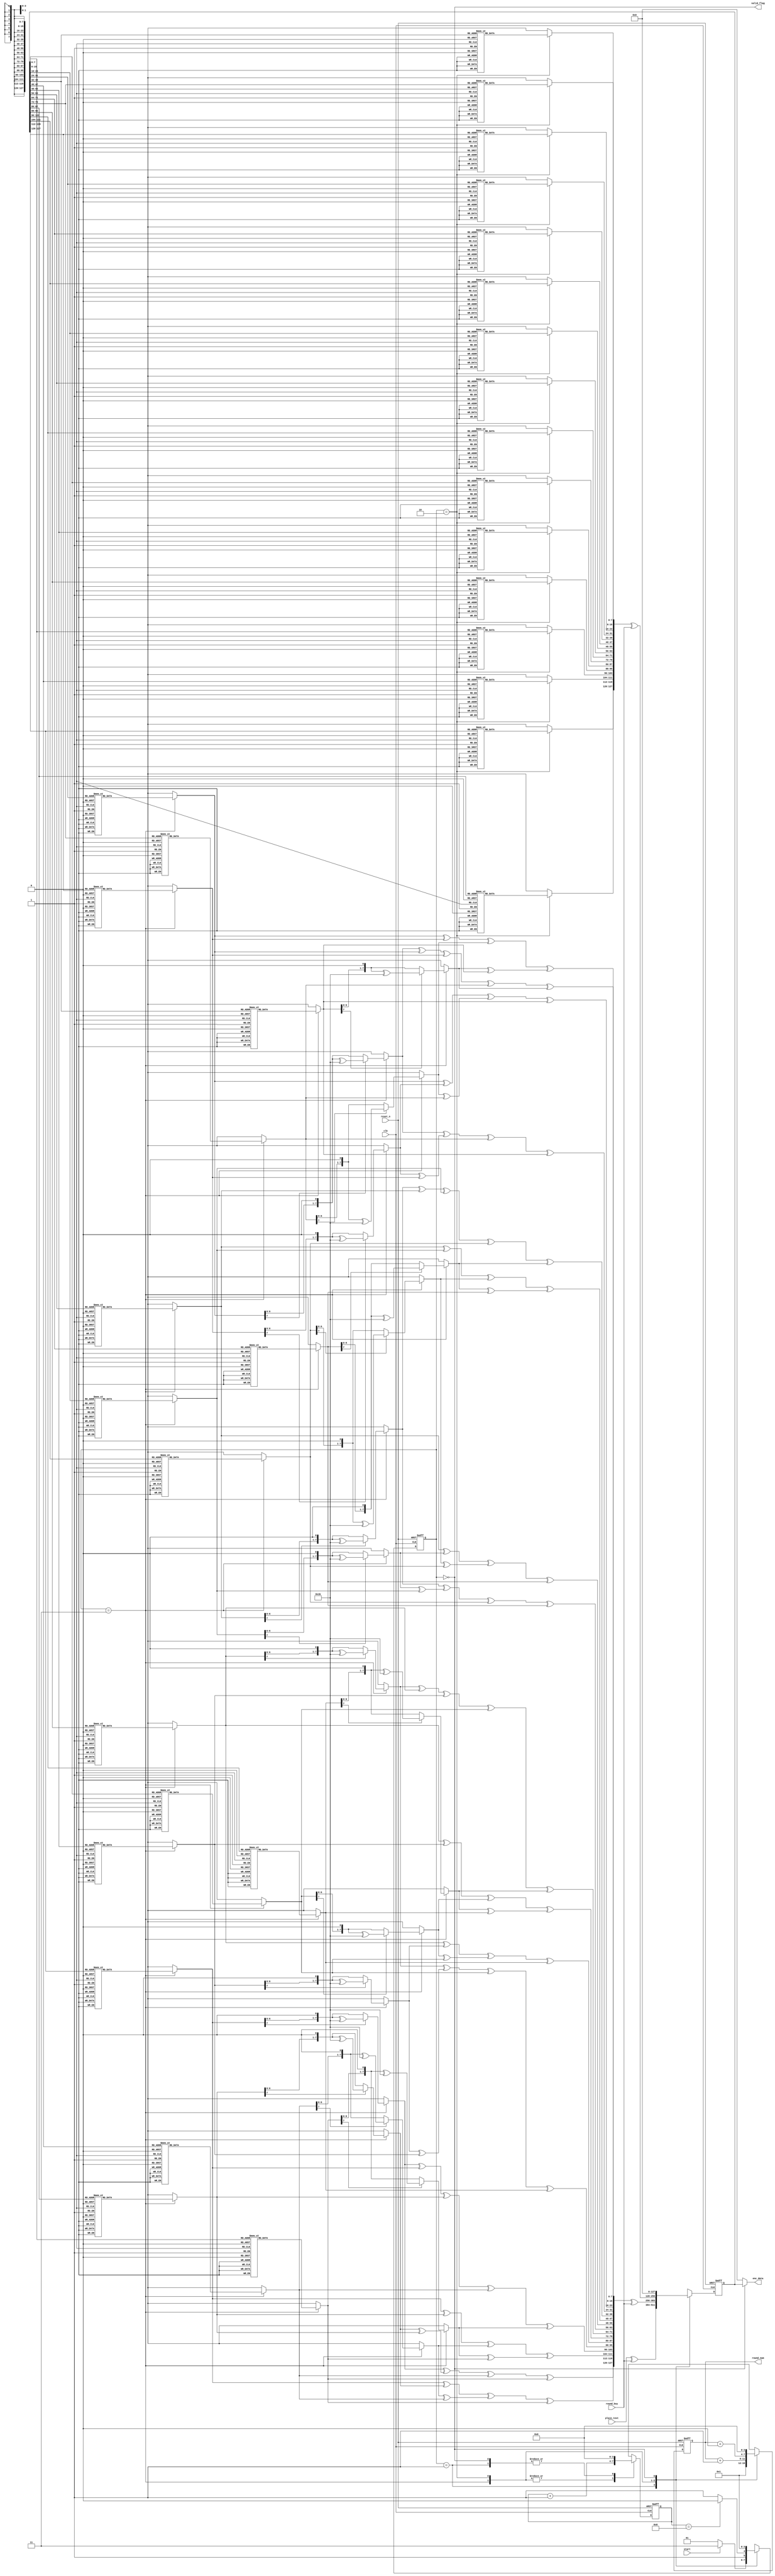
//  INFO.: Undergraduate ECE student, Alexandria university, Egypt.
//  AUTHOR'S EMAIL: majiidd17@icloud.com
//  TYPE: module.
//  KEYWORDS: AES Rounds, FSM, Sbox, Mix coloumns, Shift rows.
//  PURPOSE: An RTL modelling for the AES FSM, with its building blocks.

module Rounds (
    input  wire         reset_n,
    input  wire         clk,
    input  wire         start,
    input  wire [0:127] plain_text,
    input  wire [0:127] round_key,

    output reg  [0:127] enc_data,
    output reg  [3:0]   round_num,
    output reg          valid_flag
);

//-----------------Control Signals-----------------\\\\
reg [1:0]   state;
reg [3:0]   count;
reg [0:7]   sbox [0:255];
reg [0:127] data_tobox;
reg [0:127] data_sub;
reg [0:127] data_shifted;
reg [0:127] data_mixed;

//-----------------State encoding-----------------\\\\
localparam INITIALLY = 2'b01,
           ROUNDS    = 2'b11,
           FINAL     = 2'b10,
           VALID     = 2'b00;

//-----------------AES FSM Transitions-----------------\\\\
always @(posedge clk, negedge reset_n) 
begin
    if (!reset_n) 
    begin
        state            <= INITIALLY;
    end
    else 
    begin
        case (state)

            INITIALLY:
            begin
                if (start) 
                begin
                    state        <= ROUNDS;
                end
                else
                begin
                    state        <= INITIALLY;
                end
            end

            ROUNDS:
            begin
                if (count == 4'd8)
                begin
                    state        <= FINAL;
                end
                else 
                begin
                    state        <= ROUNDS;
                end
            end

            FINAL:
            begin
                state            <= VALID;
            end

            VALID:
            begin
                state            <= INITIALLY;
            end

            default: state       <= INITIALLY;
        endcase
    end
end

//-----------------AES FSM States logic-----------------\\\\
always @(posedge clk, negedge reset_n)
begin
    if (!reset_n) begin
        data_tobox    = 128'd0;
//        data_sub      = 128'd0;
//        data_shifted  = 128'd0;
//        data_mixed    = 128'd0;
        count         = 4'd0;
        round_num     = 4'd0;
    end
    else
    begin
        case(state)
            INITIALLY:
            begin
                data_tobox   = add_rnd_key(plain_text,round_key);
                count        = 4'd0;
                round_num    = 4'd0;
//                data_sub     = 128'd0;
//                data_shifted = 128'd0;
//                data_mixed   = 128'd0;
                round_num    = round_num + 4'd1;
            end

            ROUNDS:
            begin
                count        = count + 4'd1;
                data_sub     = data_sbox(data_tobox);
                data_shifted = shift_rows(data_sub);
                data_mixed   = mixed_cols(data_shifted);
                data_tobox   = add_rnd_key(data_mixed,round_key);
                round_num    = round_num + 4'd1;
            end

            FINAL:
            begin
                count        = count + 4'd1;
                data_sub     = data_sbox(data_tobox);
                data_shifted = shift_rows(data_sub);
                data_mixed   = data_shifted; 
                data_tobox   = add_rnd_key(data_mixed,round_key);
                round_num    = round_num + 4'd0;
            end

            VALID:
            begin
                data_tobox    = 128'd0;
                data_sub      = 128'd0;
                data_shifted  = 128'd0;
                data_mixed    = 128'd0;
                count         = 4'd0;
                round_num     = 4'd0;
            end

            default:
                begin
                    data_tobox    = 128'd0;
                    data_sub      = 128'd0;
                    data_shifted  = 128'd0;
                    data_mixed    = 128'd0;
                    count         = 4'd0;
                    round_num     = 4'd0;
                end
        endcase
    end
end

//-----------------Output logic-----------------\\\\
always @(*) 
begin
    valid_flag = (state == VALID);
    enc_data   = (valid_flag)? data_tobox : 128'b0;
end


////////////////////////////////////\\\\\\\\\\\\\\\\\\\\\\\\\\\\\\\\\\\\\\\\\\\\\\\\\\\\\\\\\\\\\\\\\\\\\\\\\\
//--------------------------------------------------------------------\\\\
//////////////-----------------Functions-----------------\\\\\\\\\\\\\\\\\\\\\\\\\\\\\\
//--------------------------------------------------------------------\\\\
////////////////////////////////////\\\\\\\\\\\\\\\\\\\\\\\\\\\\\\\\\\\\\\\\\\\\\\\\\\\\\\\\\\\\\\\\\\\\\\\\\\


//------------>>> Shift rows function.
function  [0:127]  shift_rows;
    input [0:127] data_sub;
    begin
        // //-----------------Original-----------------\\\\
        // first_row  = {data_sbox[0:7],data_sbox[32:39],data_sbox[64:71],data_sbox[96:103]};
        // second_row = {data_sbox[8:15],data_sbox[40:47],data_sbox[72:79],data_sbox[104:111]};
        // third_row  = {data_sbox[16:23],data_sbox[48:55],data_sbox[80:87],data_sbox[112:119]};
        // fourth_row = {data_sbox[24:31],data_sbox[56:63],data_sbox[88:95],data_sbox[120:127]};
        shift_rows = {
        data_sub[0:7],    data_sub[40:47],   data_sub[80:87],   data_sub[120:127], 
        data_sub[32:39],  data_sub[72:79],   data_sub[112:119], data_sub[24:31],
        data_sub[64:71],  data_sub[104:111], data_sub[16:23],   data_sub[56:63],
        data_sub[96:103], data_sub[8:15],    data_sub[48:55],   data_sub[88:95]
    };
    end
endfunction

//------------>>> Mix coloumns function.
function  [0:7] mulByTwo;
    input [0:7] arg;
    begin
        if(arg[0]) mulByTwo = ((arg << 1) ^ 8'h1b);
        else mulByTwo = arg << 1;
    end
endfunction

function  [0:7] mulByThree;
    input [0:7] arg;
    begin
        mulByThree = mulByTwo(arg) ^ arg;
    end
endfunction

function  [0:127] mixed_cols;
    input [0:127] data_shifted;
    begin
//-----------------First coloumn-----------------\\\\
    mixed_cols[0:7]     = (mulByTwo(data_shifted[0:7]) ^ mulByThree(data_shifted[8:15]) ^ data_shifted[16:23] ^ data_shifted[24:31]);  // s(0,0)
    mixed_cols[8:15]    = (data_shifted[0:7] ^ mulByTwo(data_shifted[8:15]) ^ mulByThree(data_shifted[16:23]) ^ data_shifted[24:31]);  // s(1,0) 
    mixed_cols[16:23]   = (data_shifted[0:7] ^ data_shifted[8:15] ^ mulByTwo(data_shifted[16:23]) ^ mulByThree(data_shifted[24:31]));  // s(2,0)
    mixed_cols[24:31]   = (mulByThree(data_shifted[0:7]) ^ data_shifted[8:15] ^ data_shifted[16:23] ^ mulByTwo(data_shifted[24:31]));  // s(3,0)
    
//-----------------Second coloumn-----------------\\\\
    mixed_cols[32:39]   = (mulByTwo(data_shifted[32:39]) ^ mulByThree(data_shifted[40:47]) ^ data_shifted[48:55] ^ data_shifted[56:63]);
    mixed_cols[40:47]   = (data_shifted[32:39] ^ mulByTwo(data_shifted[40:47]) ^ mulByThree(data_shifted[48:55]) ^ data_shifted[56:63]);
    mixed_cols[48:55]   = (data_shifted[32:39] ^ data_shifted[40:47] ^ mulByTwo(data_shifted[48:55]) ^ mulByThree(data_shifted[56:63]));
    mixed_cols[56:63]   = (mulByThree(data_shifted[32:39]) ^ data_shifted[40:47] ^ data_shifted[48:55] ^ mulByTwo(data_shifted[56:63]));

//-----------------Third coloumn-----------------\\\\
    mixed_cols[64:71]   = (mulByTwo(data_shifted[64:71]) ^ mulByThree(data_shifted[72:79]) ^ data_shifted[80:87] ^ data_shifted[88:95]);
    mixed_cols[72:79]   = (data_shifted[64:71] ^ mulByTwo(data_shifted[72:79]) ^ mulByThree(data_shifted[80:87]) ^ data_shifted[88:95]);
    mixed_cols[80:87]   = (data_shifted[64:71] ^ data_shifted[72:79] ^ mulByTwo(data_shifted[80:87]) ^ mulByThree(data_shifted[88:95]));
    mixed_cols[88:95]   = (mulByThree(data_shifted[64:71]) ^ data_shifted[72:79] ^ data_shifted[80:87] ^ mulByTwo(data_shifted[88:95]));

//-----------------Fourth coloumn-----------------\\\\
    mixed_cols[96:103]  = (mulByTwo(data_shifted[96:103]) ^ mulByThree(data_shifted[104:111]) ^ data_shifted[112:119] ^ data_shifted[120:127]);
    mixed_cols[104:111] = (data_shifted[96:103] ^ mulByTwo(data_shifted[104:111]) ^ mulByThree(data_shifted[112:119]) ^ data_shifted[120:127]);
    mixed_cols[112:119] = (data_shifted[96:103] ^ data_shifted[104:111] ^ mulByTwo(data_shifted[112:119]) ^ mulByThree(data_shifted[120:127]));
    mixed_cols[120:127] = (mulByThree(data_shifted[96:103]) ^ data_shifted[104:111] ^ data_shifted[112:119] ^ mulByTwo(data_shifted[120:127]));
    end
endfunction

//------------>>> Add Round Key function.
function  [0:127] add_rnd_key;
    input [0:127] arg1;
    input [0:127] arg2;
    begin
    add_rnd_key = arg1 ^ arg2;
    end
endfunction

//------------>>> Sbox Sub bytes function.
function  [0:127] data_sbox;
    input [0:127] data_tobox;
    begin
	    sbox[8'h00] = 8'h63;
        sbox[8'h01] = 8'h7c;
        sbox[8'h02] = 8'h77;
        sbox[8'h03] = 8'h7b;
        sbox[8'h04] = 8'hf2;
        sbox[8'h05] = 8'h6b;
        sbox[8'h06] = 8'h6f;
        sbox[8'h07] = 8'hc5;
        sbox[8'h08] = 8'h30;
        sbox[8'h09] = 8'h01;
        sbox[8'h0a] = 8'h67;
        sbox[8'h0b] = 8'h2b;
        sbox[8'h0c] = 8'hfe;
        sbox[8'h0d] = 8'hd7;
        sbox[8'h0e] = 8'hab;
        sbox[8'h0f] = 8'h76;
        sbox[8'h10] = 8'hca;
        sbox[8'h11] = 8'h82;
        sbox[8'h12] = 8'hc9;
        sbox[8'h13] = 8'h7d;
        sbox[8'h14] = 8'hfa;
        sbox[8'h15] = 8'h59;
        sbox[8'h16] = 8'h47;
        sbox[8'h17] = 8'hf0;
        sbox[8'h18] = 8'had;
        sbox[8'h19] = 8'hd4;
        sbox[8'h1a] = 8'ha2;
        sbox[8'h1b] = 8'haf;
        sbox[8'h1c] = 8'h9c;
        sbox[8'h1d] = 8'ha4;
        sbox[8'h1e] = 8'h72;
        sbox[8'h1f] = 8'hc0;
        sbox[8'h20] = 8'hb7;
        sbox[8'h21] = 8'hfd;
        sbox[8'h22] = 8'h93;
        sbox[8'h23] = 8'h26;
        sbox[8'h24] = 8'h36;
        sbox[8'h25] = 8'h3f;
        sbox[8'h26] = 8'hf7;
        sbox[8'h27] = 8'hcc;
        sbox[8'h28] = 8'h34;
        sbox[8'h29] = 8'ha5;
        sbox[8'h2a] = 8'he5;
        sbox[8'h2b] = 8'hf1;
        sbox[8'h2c] = 8'h71;
        sbox[8'h2d] = 8'hd8;
        sbox[8'h2e] = 8'h31;
        sbox[8'h2f] = 8'h15;
        sbox[8'h30] = 8'h04;
        sbox[8'h31] = 8'hc7;
        sbox[8'h32] = 8'h23;
        sbox[8'h33] = 8'hc3;
        sbox[8'h34] = 8'h18;
        sbox[8'h35] = 8'h96;
        sbox[8'h36] = 8'h05;
        sbox[8'h37] = 8'h9a;
        sbox[8'h38] = 8'h07;
        sbox[8'h39] = 8'h12;
        sbox[8'h3a] = 8'h80;
        sbox[8'h3b] = 8'he2;
        sbox[8'h3c] = 8'heb;
        sbox[8'h3d] = 8'h27;
        sbox[8'h3e] = 8'hb2;
        sbox[8'h3f] = 8'h75;
        sbox[8'h40] = 8'h09;
        sbox[8'h41] = 8'h83;
        sbox[8'h42] = 8'h2c;
        sbox[8'h43] = 8'h1a;
        sbox[8'h44] = 8'h1b;
        sbox[8'h45] = 8'h6e;
        sbox[8'h46] = 8'h5a;
        sbox[8'h47] = 8'ha0;
        sbox[8'h48] = 8'h52;
        sbox[8'h49] = 8'h3b;
        sbox[8'h4a] = 8'hd6;
        sbox[8'h4b] = 8'hb3;
        sbox[8'h4c] = 8'h29;
        sbox[8'h4d] = 8'he3;
        sbox[8'h4e] = 8'h2f;
        sbox[8'h4f] = 8'h84;
        sbox[8'h50] = 8'h53;
        sbox[8'h51] = 8'hd1;
        sbox[8'h52] = 8'h00;
        sbox[8'h53] = 8'hed;
        sbox[8'h54] = 8'h20;
        sbox[8'h55] = 8'hfc;
        sbox[8'h56] = 8'hb1;
        sbox[8'h57] = 8'h5b;
        sbox[8'h58] = 8'h6a;
        sbox[8'h59] = 8'hcb;
        sbox[8'h5a] = 8'hbe;
        sbox[8'h5b] = 8'h39;
        sbox[8'h5c] = 8'h4a;
        sbox[8'h5d] = 8'h4c;
        sbox[8'h5e] = 8'h58;
        sbox[8'h5f] = 8'hcf;
        sbox[8'h60] = 8'hd0;
        sbox[8'h61] = 8'hef;
        sbox[8'h62] = 8'haa;
        sbox[8'h63] = 8'hfb;
        sbox[8'h64] = 8'h43;
        sbox[8'h65] = 8'h4d;
        sbox[8'h66] = 8'h33;
        sbox[8'h67] = 8'h85;
        sbox[8'h68] = 8'h45;
        sbox[8'h69] = 8'hf9;
        sbox[8'h6a] = 8'h02;
        sbox[8'h6b] = 8'h7f;
        sbox[8'h6c] = 8'h50;
        sbox[8'h6d] = 8'h3c;
        sbox[8'h6e] = 8'h9f;
        sbox[8'h6f] = 8'ha8;
        sbox[8'h70] = 8'h51;
        sbox[8'h71] = 8'ha3;
        sbox[8'h72] = 8'h40;
        sbox[8'h73] = 8'h8f;
        sbox[8'h74] = 8'h92;
        sbox[8'h75] = 8'h9d;
        sbox[8'h76] = 8'h38;
        sbox[8'h77] = 8'hf5;
        sbox[8'h78] = 8'hbc;
        sbox[8'h79] = 8'hb6;
        sbox[8'h7a] = 8'hda;
        sbox[8'h7b] = 8'h21;
        sbox[8'h7c] = 8'h10;
        sbox[8'h7d] = 8'hff;
        sbox[8'h7e] = 8'hf3;
        sbox[8'h7f] = 8'hd2;
        sbox[8'h80] = 8'hcd;
        sbox[8'h81] = 8'h0c;
        sbox[8'h82] = 8'h13;
        sbox[8'h83] = 8'hec;
        sbox[8'h84] = 8'h5f;
        sbox[8'h85] = 8'h97;
        sbox[8'h86] = 8'h44;
        sbox[8'h87] = 8'h17;
        sbox[8'h88] = 8'hc4;
        sbox[8'h89] = 8'ha7;
        sbox[8'h8a] = 8'h7e;
        sbox[8'h8b] = 8'h3d;
        sbox[8'h8c] = 8'h64;
        sbox[8'h8d] = 8'h5d;
        sbox[8'h8e] = 8'h19;
        sbox[8'h8f] = 8'h73;
        sbox[8'h90] = 8'h60;
        sbox[8'h91] = 8'h81;
        sbox[8'h92] = 8'h4f;
        sbox[8'h93] = 8'hdc;
        sbox[8'h94] = 8'h22;
        sbox[8'h95] = 8'h2a;
        sbox[8'h96] = 8'h90;
        sbox[8'h97] = 8'h88;
        sbox[8'h98] = 8'h46;
        sbox[8'h99] = 8'hee;
        sbox[8'h9a] = 8'hb8;
        sbox[8'h9b] = 8'h14;
        sbox[8'h9c] = 8'hde;
        sbox[8'h9d] = 8'h5e;
        sbox[8'h9e] = 8'h0b;
        sbox[8'h9f] = 8'hdb;
        sbox[8'ha0] = 8'he0;
        sbox[8'ha1] = 8'h32;
        sbox[8'ha2] = 8'h3a;
        sbox[8'ha3] = 8'h0a;
        sbox[8'ha4] = 8'h49;
        sbox[8'ha5] = 8'h06;
        sbox[8'ha6] = 8'h24;
        sbox[8'ha7] = 8'h5c;
        sbox[8'ha8] = 8'hc2;
        sbox[8'ha9] = 8'hd3;
        sbox[8'haa] = 8'hac;
        sbox[8'hab] = 8'h62;
        sbox[8'hac] = 8'h91;
        sbox[8'had] = 8'h95;
        sbox[8'hae] = 8'he4;
        sbox[8'haf] = 8'h79;
        sbox[8'hb0] = 8'he7;
        sbox[8'hb1] = 8'hc8;
        sbox[8'hb2] = 8'h37;
        sbox[8'hb3] = 8'h6d;
        sbox[8'hb4] = 8'h8d;
        sbox[8'hb5] = 8'hd5;
        sbox[8'hb6] = 8'h4e;
        sbox[8'hb7] = 8'ha9;
        sbox[8'hb8] = 8'h6c;
        sbox[8'hb9] = 8'h56;
        sbox[8'hba] = 8'hf4;
        sbox[8'hbb] = 8'hea;
        sbox[8'hbc] = 8'h65;
        sbox[8'hbd] = 8'h7a;
        sbox[8'hbe] = 8'hae;
        sbox[8'hbf] = 8'h08;
        sbox[8'hc0] = 8'hba;
        sbox[8'hc1] = 8'h78;
        sbox[8'hc2] = 8'h25;
        sbox[8'hc3] = 8'h2e;
        sbox[8'hc4] = 8'h1c;
        sbox[8'hc5] = 8'ha6;
        sbox[8'hc6] = 8'hb4;
        sbox[8'hc7] = 8'hc6;
        sbox[8'hc8] = 8'he8;
        sbox[8'hc9] = 8'hdd;
        sbox[8'hca] = 8'h74;
        sbox[8'hcb] = 8'h1f;
        sbox[8'hcc] = 8'h4b;
        sbox[8'hcd] = 8'hbd;
        sbox[8'hce] = 8'h8b;
        sbox[8'hcf] = 8'h8a;
        sbox[8'hd0] = 8'h70;
        sbox[8'hd1] = 8'h3e;
        sbox[8'hd2] = 8'hb5;
        sbox[8'hd3] = 8'h66;
        sbox[8'hd4] = 8'h48;
        sbox[8'hd5] = 8'h03;
        sbox[8'hd6] = 8'hf6;
        sbox[8'hd7] = 8'h0e;
        sbox[8'hd8] = 8'h61;
        sbox[8'hd9] = 8'h35;
        sbox[8'hda] = 8'h57;
        sbox[8'hdb] = 8'hb9;
        sbox[8'hdc] = 8'h86;
        sbox[8'hdd] = 8'hc1;
        sbox[8'hde] = 8'h1d;
        sbox[8'hdf] = 8'h9e;
        sbox[8'he0] = 8'he1;
        sbox[8'he1] = 8'hf8;
        sbox[8'he2] = 8'h98;
        sbox[8'he3] = 8'h11;
        sbox[8'he4] = 8'h69;
        sbox[8'he5] = 8'hd9;
        sbox[8'he6] = 8'h8e;
        sbox[8'he7] = 8'h94;
        sbox[8'he8] = 8'h9b;
        sbox[8'he9] = 8'h1e;
        sbox[8'hea] = 8'h87;
        sbox[8'heb] = 8'he9;
        sbox[8'hec] = 8'hce;
        sbox[8'hed] = 8'h55;
        sbox[8'hee] = 8'h28;
        sbox[8'hef] = 8'hdf;
        sbox[8'hf0] = 8'h8c;
        sbox[8'hf1] = 8'ha1;
        sbox[8'hf2] = 8'h89;
        sbox[8'hf3] = 8'h0d;
        sbox[8'hf4] = 8'hbf;
        sbox[8'hf5] = 8'he6;
        sbox[8'hf6] = 8'h42;
        sbox[8'hf7] = 8'h68;
        sbox[8'hf8] = 8'h41;
        sbox[8'hf9] = 8'h99;
        sbox[8'hfa] = 8'h2d;
        sbox[8'hfb] = 8'h0f;
        sbox[8'hfc] = 8'hb0;
        sbox[8'hfd] = 8'h54;
        sbox[8'hfe] = 8'hbb;
        sbox[8'hff] = 8'h16;

        data_sbox[120 : 127] = sbox[data_tobox[120 : 127]];
        data_sbox[112 : 119] = sbox[data_tobox[112 : 119]];
        data_sbox[104 : 111] = sbox[data_tobox[104 : 111]];
        data_sbox[96 : 103]  = sbox[data_tobox[96 : 103]];

        data_sbox[88 : 95] = sbox[data_tobox[88 : 95]];
        data_sbox[80 : 87] = sbox[data_tobox[80 : 87]];
        data_sbox[72 : 79] = sbox[data_tobox[72 : 79]];
        data_sbox[64 : 71] = sbox[data_tobox[64 : 71]];

        data_sbox[56 : 63] = sbox[data_tobox[56 : 63]];
        data_sbox[48 : 55] = sbox[data_tobox[48 : 55]];
        data_sbox[40 : 47] = sbox[data_tobox[40 : 47]];
        data_sbox[32 : 39] = sbox[data_tobox[32 : 39]];

        data_sbox[24 : 31] = sbox[data_tobox[24 : 31]];
        data_sbox[16 : 23] = sbox[data_tobox[16 : 23]];
        data_sbox[08 : 15] = sbox[data_tobox[08 : 15]];
        data_sbox[00 : 07] = sbox[data_tobox[00 : 07]];
    end
endfunction

endmodule